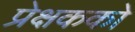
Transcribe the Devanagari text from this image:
प्रेक्षकको